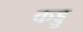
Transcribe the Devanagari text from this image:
कड्डु